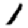
Digit: 1